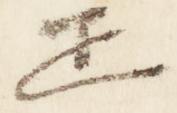
正